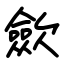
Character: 歛